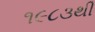
૧૯૮૩થી